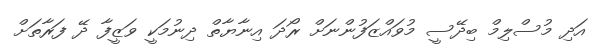
އަދި މުސްލިމް ބިދޭސީ މުވައްޒަފުންނަށް ރޯދަ އިނާޔާތް ދިނުމަކީ ވަޒީފާ ދޭ ފަރާތަށް